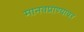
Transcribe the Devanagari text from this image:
मानवप्राण्यावर